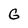
Character: G